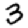
Digit: 3